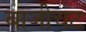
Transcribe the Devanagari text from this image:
बाजीचट